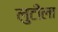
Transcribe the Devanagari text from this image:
लुटीला